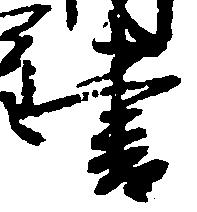
書